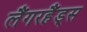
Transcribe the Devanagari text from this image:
लैंगरहैंड्स